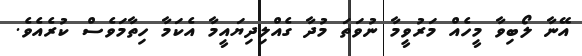
އޭނާ ލޯބިވާ މީހެއް މަރުވީމާ ނުވަތަ މުދާ ގެއްލިދިޔައީމާ އެކަމާ ހިތާމަވެސް ކުރެއެވެ.